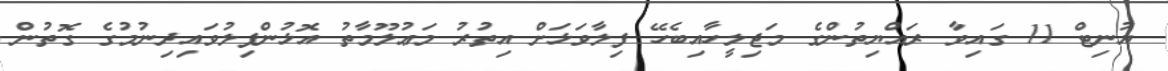
ޔުނިޓް 11 ގައިވާ ރައްޔިތުންގެ މަޖިލީހާއިބެހޭ ފިލާވަޅަށް އިތުރު މަޢުލޫމާތު އޮޅުންފިލުވައިދިނުމުގެ ގޮތުން